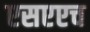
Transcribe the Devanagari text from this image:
एसएएच